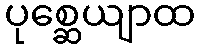
ပုစ္ဆေယျာထ